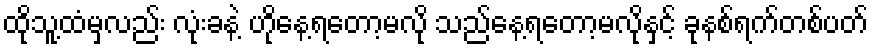
ထိုသူ့ထံမှလည်း လုံးခနဲ့ ဟိုနေ့ရတော့မလို သည်နေ့ရတော့မလိုနှင့် ခုနစ်ရက်တစ်ပတ်